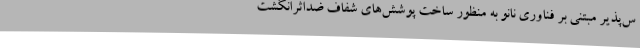
س‌پذیر مبتنی بر فناوری نانو به منظور ساخت پوشش‌های شفاف ضداثرانگشت